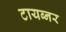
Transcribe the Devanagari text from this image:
टायब्नर